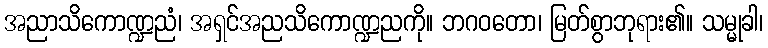
အညာသိကောဏ္ဍညံ၊ အရှင်အညသိကောဏ္ဍညကို။ ဘဂဝတော၊ မြတ်စွာဘုရား၏။ သမ္မုခါ၊